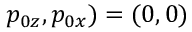
p _ { 0 z } , p _ { 0 x } ) = ( 0 , 0 )